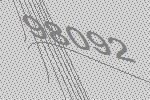
98092